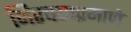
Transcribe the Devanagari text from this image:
निश्चयाप्रमाणे